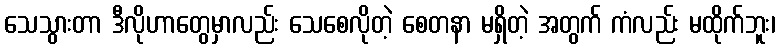
သေသွားတာ ဒီလိုဟာတွေမှာလည်း သေစေလိုတဲ့ စေတနာ မရှိတဲ့ အတွက် ကံလည်း မထိုက်ဘူး၊